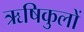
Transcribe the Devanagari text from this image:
ऋषिकुलों